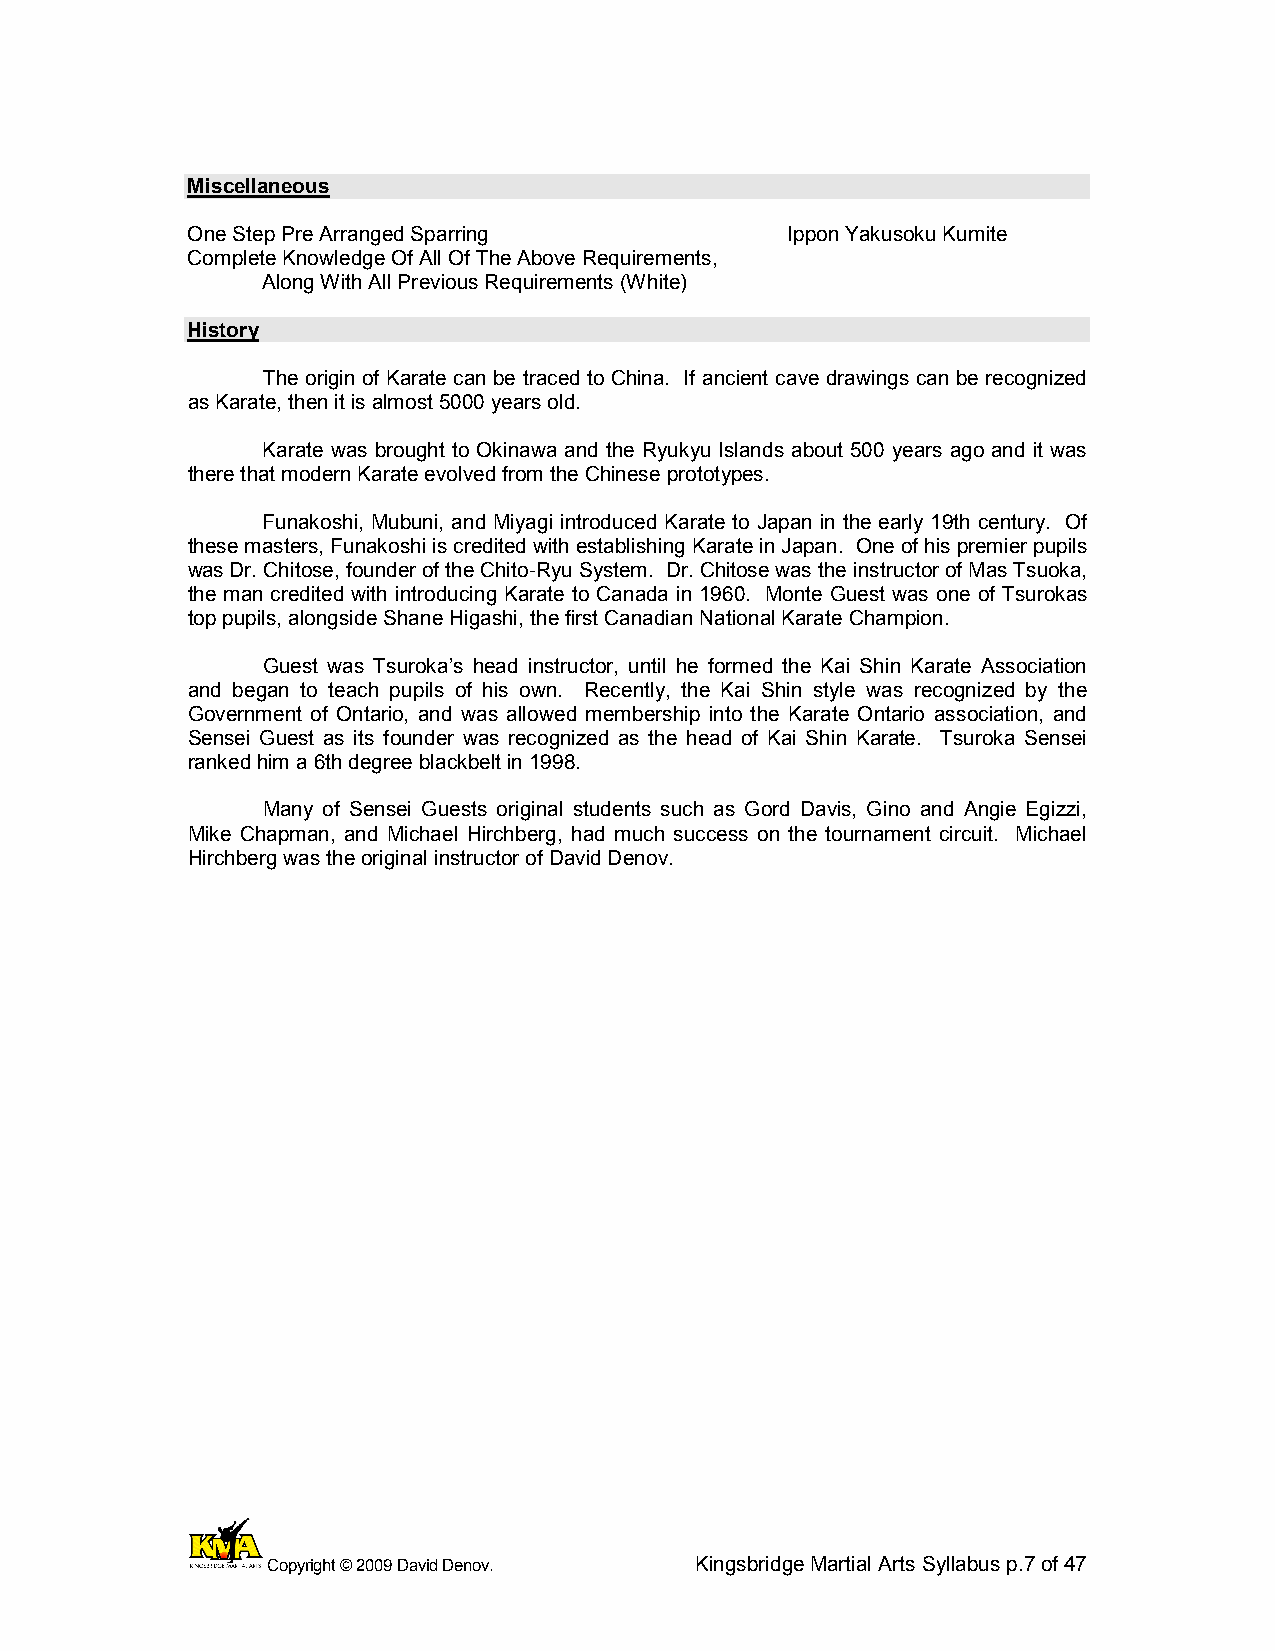
Miscellaneous
 One Step Pre Arranged Sparring          Ippon Yakusoku Kumite
 Complete Knowledge Of All Of The Above Requirements,
 Along With All Previous Requirements (White)
 History
 The origin of Karate can be traced to China. If ancient cave drawings can be recognized
 as Karate, then it is almost 5000 years old.
 Karate was brought to Okinawa and the Ryukyu Islands about 500 years ago and it was
 there that modern Karate evolved from the Chinese prototypes.
 Funakoshi, Mubuni, and Miyagi introduced Karate to Japan in the early 19th century. Of
 these masters, Funakoshi is credited with establishing Karate in Japan. One of his premier pupils
 was Dr. Chitose, founder of the Chito-Ryu System. Dr. Chitose was the instructor of Mas Tsuoka,
 the man credited with introducing Karate to Canada in 1960. Monte Guest was one of Tsurokas
 top pupils, alongside Shane Higashi, the first Canadian National Karate Champion.
 Guest was Tsuroka’s head instructor, until he formed the Kai Shin Karate Association
 and began to teach pupils of his own. Recently, the Kai Shin style was recognized by the
 Government of Ontario, and was allowed membership into the Karate Ontario association, and
 Sensei Guest as its founder was recognized as the head of Kai Shin Karate. Tsuroka Sensei
 ranked him a 6th degree blackbelt in 1998.
 Many of Sensei Guests original students such as Gord Davis, Gino and Angie Egizzi,
 Mike Chapman, and Michael Hirchberg, had much success on the tournament circuit. Michael
 Hirchberg was the original instructor of David Denov.
 Copyright © 2009 David Denov. Kingsbridge Martial Arts Syllabus p.7 of 47